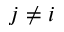
j \neq i